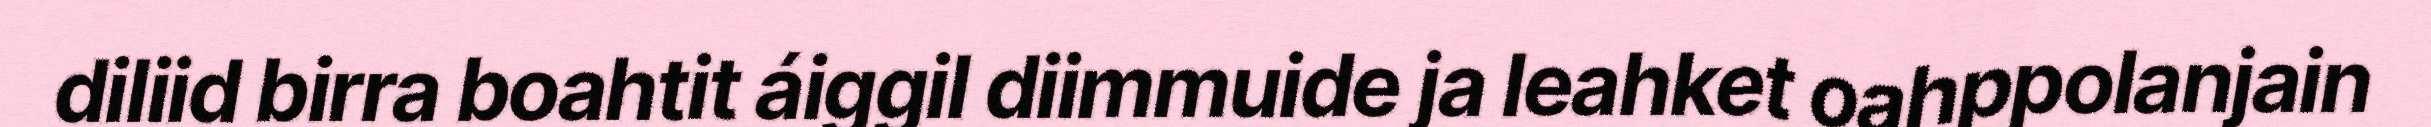
diliid birra boahtit áiggil diimmuide ja leahket oahppolanjain